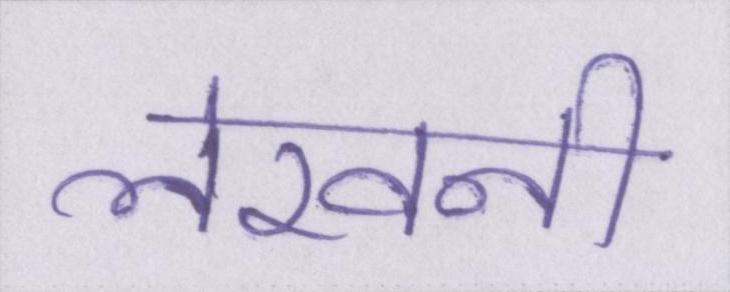
लेखनी